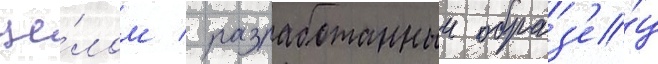
це́лом / разработанныи образ'е́ц